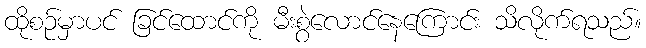
ထိုစဉ်မှာပင် ခြင်ထောင်ကို မီးစွဲလောင်နေကြောင်း သိလိုက်ရသည်။